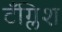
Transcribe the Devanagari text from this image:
टँग्लिश